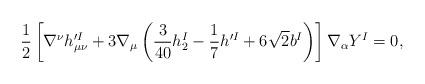
LaTeX: \begin{align*}\frac{1}{2} \left[ \nabla^\nu h^{\prime I}_{\mu\nu}+ 3 \nabla_\mu \left( \frac{3}{40} h_2^I -\frac{1}{7} h^{\prime I} +6\sqrt{2} b^I \right) \right] \nabla_\alpha Y^I =0,\end{align*}